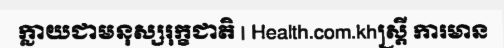
ក្លាយជាមនុស្សរុក្ខជាតិ | Health.com.khស្ត្រី ការមាន